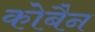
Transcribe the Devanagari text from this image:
कोबैन